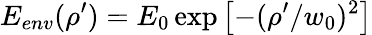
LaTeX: E_{env}(\rho^{\prime})=E_{0}\exp{\left[-(\rho^{\prime}/{w_{0}})^{2}\right]}